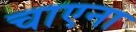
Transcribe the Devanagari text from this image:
चाएना